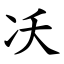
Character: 㓇